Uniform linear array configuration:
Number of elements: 48
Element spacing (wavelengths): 0.25
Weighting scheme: kaiser
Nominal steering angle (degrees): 15
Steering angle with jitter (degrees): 14.199
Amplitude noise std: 0.05
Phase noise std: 0.05

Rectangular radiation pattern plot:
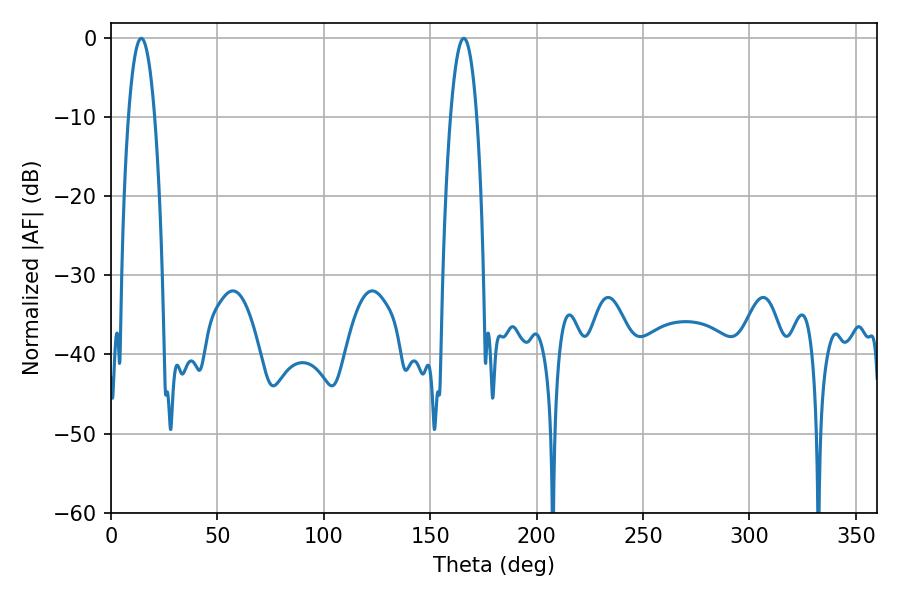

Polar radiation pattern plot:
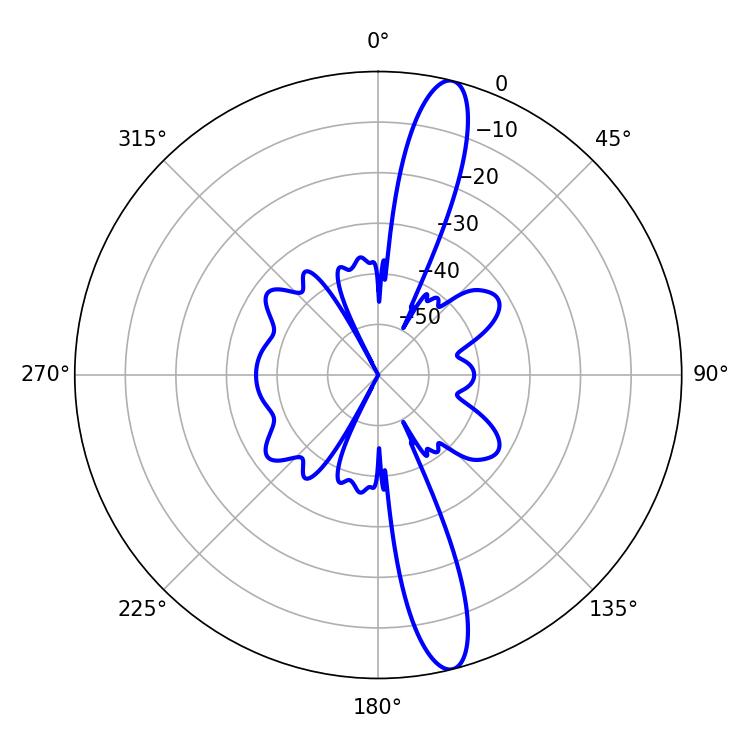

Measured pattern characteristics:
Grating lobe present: FALSE
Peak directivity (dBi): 15.012
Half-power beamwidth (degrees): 6.84
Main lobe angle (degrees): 14.22